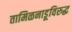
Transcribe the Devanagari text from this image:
तामिळनाडूविरुद्ध